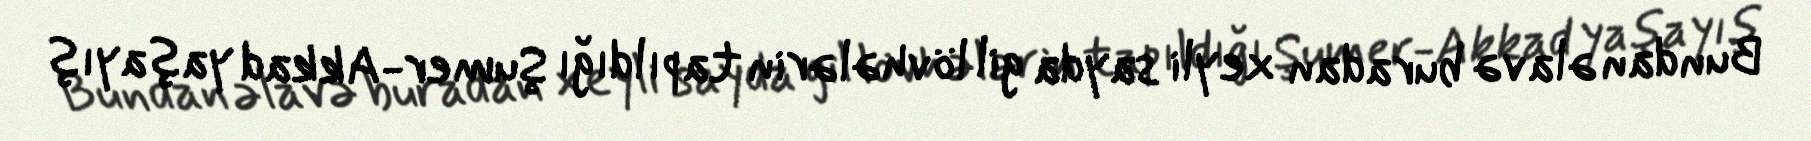
Bundan əlavə buradan xeyli sayda gil lövhələrin tapıldığı Şumer-Akkad yaşayış